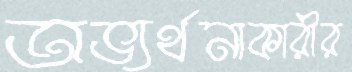
অভ্যর্থনাকারীর